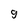
Character: g